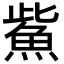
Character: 鮆